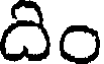
దిం